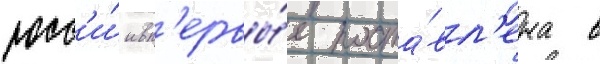
росс'и́и вп'ервы́е поста́вл'ена в